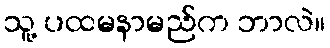
သူ့ ပထမနာမည်က ဘာလဲ။